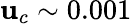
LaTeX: \mathbf{u}_{c}\sim0.001